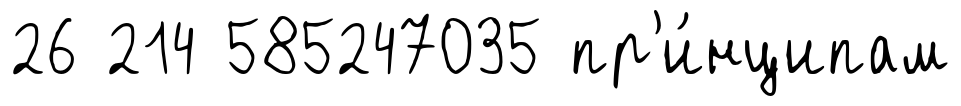
26 214 585247035 пр'и́нципам